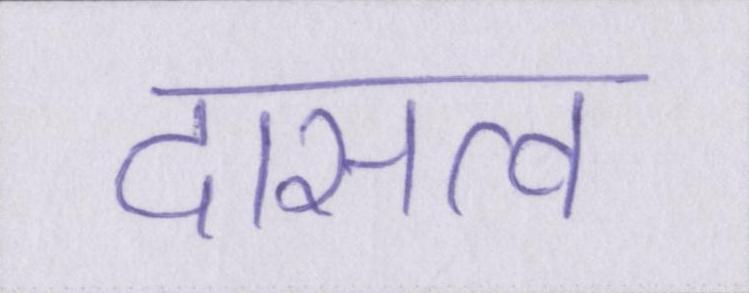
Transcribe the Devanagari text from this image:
दासत्व